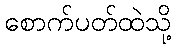
စောက်ပတ်ထဲသို့